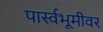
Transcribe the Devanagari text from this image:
पार्स्वभूमीवर